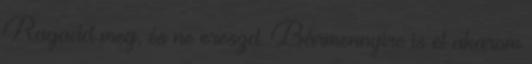
Ragadd meg, és ne ereszd. Bármennyire is el akarom